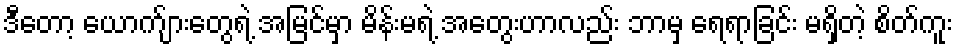
ဒီတော့ ယောက်ျားတွေရဲ့ အမြင်မှာ မိန်းမရဲ့ အတွေးဟာလည်း ဘာမှ ရေရာခြင်း မရှိတဲ့ စိတ်ကူး